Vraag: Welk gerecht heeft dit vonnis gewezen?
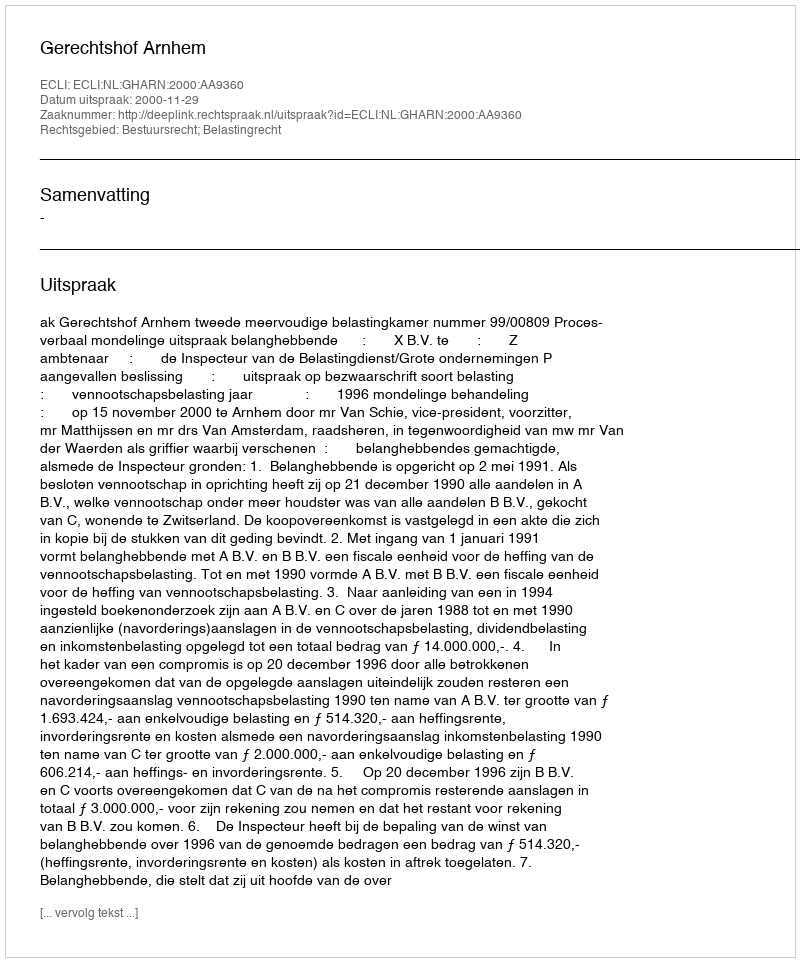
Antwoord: Gerechtshof Arnhem